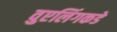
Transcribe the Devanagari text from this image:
वुएलिंगकडे